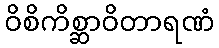
ဝိစိကိစ္ဆာဝိတာရဏံ